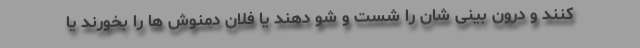
کنند و درون بینی شان را شست و شو دهند یا فلان دمنوش ها را بخورند یا